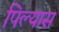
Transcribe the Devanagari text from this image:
पिल्यास